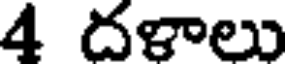
4 దళాలు